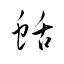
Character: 蛞